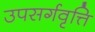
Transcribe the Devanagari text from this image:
उपसर्गवृत्ति